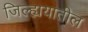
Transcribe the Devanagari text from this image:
जिल्ह्ययातील